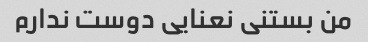
من بستنی نعنایی دوست ندارم